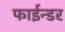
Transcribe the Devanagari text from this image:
फाईन्डर